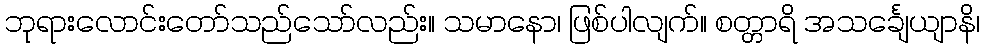
ဘုရားလောင်းတော်သည်သော်လည်း။ သမာနော၊ ဖြစ်ပါလျက်။ စတ္တာရိ အသင်္ချေယျာနိ၊